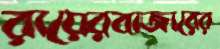
রায়েরবাজারের